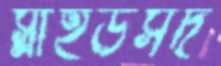
স্লাইডসদ